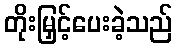
တိုးမြှင့်ပေးခဲ့သည်